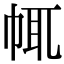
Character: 㡇